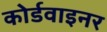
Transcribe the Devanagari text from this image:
कोर्डवाइनर